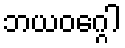
ဘယဝဂ္ဂေါ